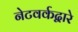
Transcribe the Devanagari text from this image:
नेटवर्कद्वारे